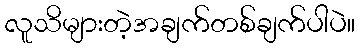
လူသိများတဲ့အချက်တစ်ချက်ပါပဲ။